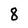
Character: 8